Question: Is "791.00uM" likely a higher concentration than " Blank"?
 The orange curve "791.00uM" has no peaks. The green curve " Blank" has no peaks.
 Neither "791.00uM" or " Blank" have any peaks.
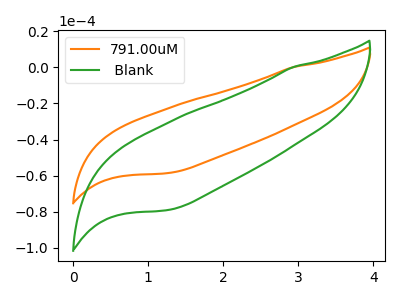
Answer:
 <answer>I cant tell if "791.00uM" or " Blank" has more signal.</answer>
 <eval>mixed_signal</eval>